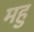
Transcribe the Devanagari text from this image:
महु